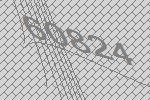
60824